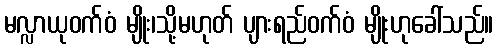
မလ္လာယုဝက်ဝံ မျိုး၊သို့မဟုတ် ပျားရည်ဝက်ဝံ မျိုးဟုခေါ်သည်။